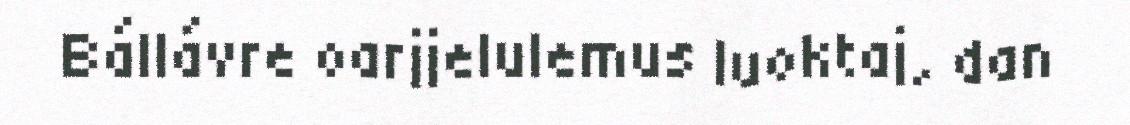
Bállávre oarjjelulemus luoktaj, dan